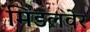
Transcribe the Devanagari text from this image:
मिडलवेर